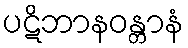
ပဋိဘာနဝန္တာနံ